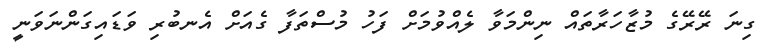
ގިނަ ރޭރޭގެ މުޒާހަރާތައް ނިންމަވާ ލެއްވުމަށް ފަހު މުސްތަފާ ގެއަށް އެނބުރި ވަޑައިގަންނަވަނީ